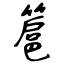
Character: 簄